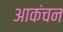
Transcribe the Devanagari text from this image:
आकंचन